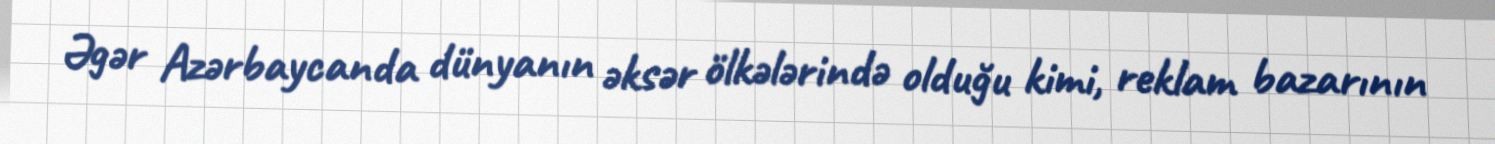
Əgər Azərbaycanda dünyanın əksər ölkələrində olduğu kimi, reklam bazarının